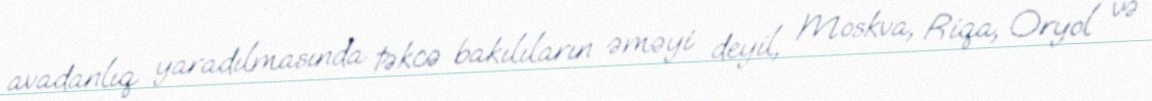
avadanlıq yaradılmasında təkcə bakılıların əməyi deyil, Moskva, Riqa, Oryol və